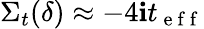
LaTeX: \Sigma_{t}(\delta)\approx-4\mathbf{i}t_{\mathrm{{~e~f~f~}}}